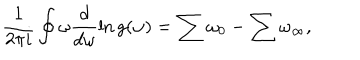
\frac { 1 } { 2 \pi i } \oint \omega \frac { d } { d \omega } \ln g ( \omega ) = \sum \omega _ { 0 } - \sum \omega _ { \infty } ,